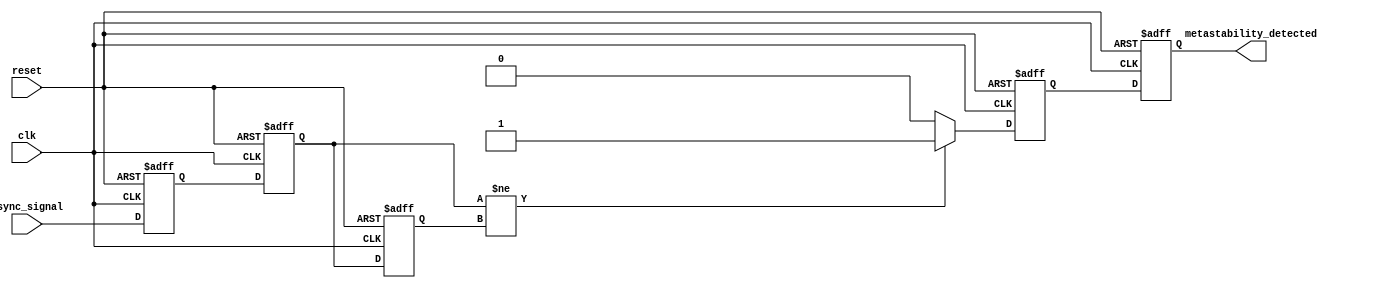
module metastability_detector (
    input wire clk,                // Sampling clock
    input wire async_signal,       // Asynchronous input signal
    input wire reset,              // Reset signal
    output reg metastability_detected // Output signal indicating metastability
);

    reg async_ff1;                // First D flip-flop
    reg async_ff2;                // Second D flip-flop
    reg async_ff2_prev;           // Previous state of the second flip-flop
    reg pulse;                    // Pulse signal for metastability detection

    // D Flip-Flops for sampling the asynchronous signal
    always @(posedge clk or posedge reset) begin
        if (reset) begin
            async_ff1 <= 1'b0;
            async_ff2 <= 1'b0;
            async_ff2_prev <= 1'b0;
            pulse <= 1'b0;
            metastability_detected <= 1'b0;
        end else begin
            async_ff1 <= async_signal; // Sample async_signal
            async_ff2 <= async_ff1;     // Sample output of first flip-flop
            async_ff2_prev <= async_ff2; // Store previous state of async_ff2
            
            // Generate pulse if async_ff2 changes state
            if (async_ff2 != async_ff2_prev) begin
                pulse <= 1'b1; // Set pulse high on change
            end else begin
                pulse <= 1'b0; // Reset pulse otherwise
            end
            
            // Set metastability_detected if pulse is high
            metastability_detected <= pulse;
        end
    end

endmodule